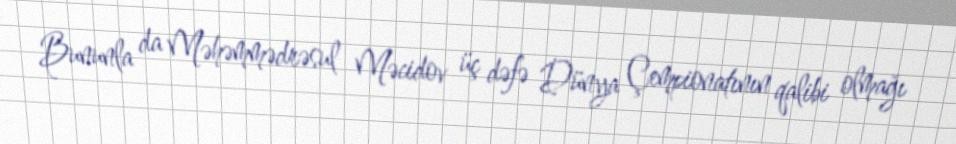
Bununla da Məhəmmədrəsul Məcidov üç dəfə Dünya Çempionatının qalibi olmağı